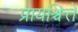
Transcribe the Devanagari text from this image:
प्रायश्चित्ते